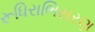
રૂધિરાભિસરણ